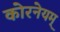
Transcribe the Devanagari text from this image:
कोरनेयम्